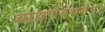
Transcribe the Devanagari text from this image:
ब्राह्मणवचर्सम्।